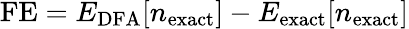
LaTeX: \mathrm{FE}=E_{\mathrm{DFA}}[n_{\mathrm{exact}}]-E_{\mathrm{exact}}[n_{\mathrm{exact}}]